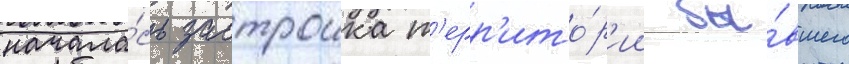
начала́сь застроика т'ерр'ито́р'ии бы́вшего